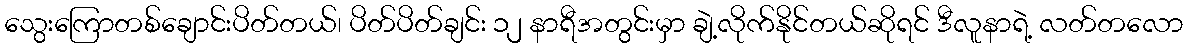
သွေးကြောတစ်ချောင်းပိတ်တယ်၊ ပိတ်ပိတ်ချင်း ၁၂ နာရီအတွင်းမှာ ချဲ့လိုက်နိုင်တယ်ဆိုရင် ဒီလူနာရဲ့ လတ်တလော